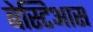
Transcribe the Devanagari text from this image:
बेस्टिआस